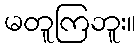
မတူကြဘူး။